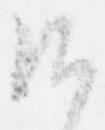
候